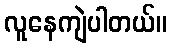
လူနေကျဲပါတယ်။